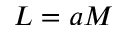
L = a M